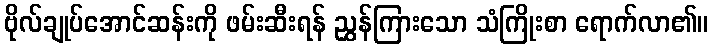
ဗိုလ်ချုပ်အောင်ဆန်းကို ဖမ်းဆီးရန် ညွှန်ကြားသော သံကြိုးစာ ရောက်လာ၏။